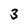
Character: 3